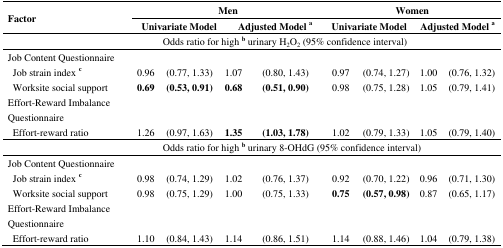
<table><thead><tr><td rowspan="2"><b>Factor</b></td><td colspan="5"><b>Men</b></td><td colspan="4"><b>Women</b></td></tr><tr><td colspan="3"><b>Univariate Model</b></td><td colspan="2"><b>Adjusted Model <sup>a</sup></b></td><td colspan="2"><b>Univariate Model</b></td><td colspan="2"><b>Adjusted Model <sup>a</sup></b></td></tr></thead><tbody><tr><td colspan="10">Odds ratio for high <b><sup>b</sup></b> urinary H<sub>2</sub>O<sub>2</sub> (95% confidence interval) </td></tr><tr><td>Job Content Questionnaire</td><td>[EMPTY_CELL]</td><td>[EMPTY_CELL]</td><td colspan="2">[EMPTY_CELL]</td><td>[EMPTY_CELL]</td><td>[EMPTY_CELL]</td><td>[EMPTY_CELL]</td><td>[EMPTY_CELL]</td><td>[EMPTY_CELL]</td></tr><tr><td> Job strain index <b><sup>c</sup></b></td><td>0.96</td><td>(0.77, 1.33)</td><td colspan="2">1.07</td><td>(0.80, 1.43)</td><td>0.97</td><td>(0.74, 1.27)</td><td>1.00</td><td>(0.76, 1.32)</td></tr><tr><td> Worksite social support</td><td><b>0.69</b></td><td><b>(0.53, 0.91)</b></td><td colspan="2"><b>0.68</b></td><td><b>(0.51, 0.90)</b></td><td>0.98</td><td>(0.75, 1.28)</td><td>1.05</td><td>(0.79, 1.41)</td></tr><tr><td>Effort-Reward Imbalance Questionnaire</td><td>[EMPTY_CELL]</td><td>[EMPTY_CELL]</td><td colspan="2">[EMPTY_CELL]</td><td>[EMPTY_CELL]</td><td>[EMPTY_CELL]</td><td>[EMPTY_CELL]</td><td>[EMPTY_CELL]</td><td>[EMPTY_CELL]</td></tr><tr><td> Effort-reward ratio</td><td>1.26</td><td>(0.97, 1.63)</td><td colspan="2"><b>1.35</b></td><td><b>(1.03, 1.78)</b></td><td>1.02</td><td>(0.79, 1.33)</td><td>1.05</td><td>(0.79, 1.40)</td></tr><tr><td colspan="10">Odds ratio for high <b><sup>b</sup></b> urinary 8-OHdG (95% confidence interval)</td></tr><tr><td>Job Content Questionnaire</td><td>[EMPTY_CELL]</td><td>[EMPTY_CELL]</td><td colspan="2">[EMPTY_CELL]</td><td>[EMPTY_CELL]</td><td>[EMPTY_CELL]</td><td>[EMPTY_CELL]</td><td>[EMPTY_CELL]</td><td>[EMPTY_CELL]</td></tr><tr><td> Job strain index <b><sup>c</sup></b></td><td>0.98</td><td>(0.74, 1.29)</td><td colspan="2">1.02</td><td>(0.76, 1.37)</td><td>0.92</td><td>(0.70, 1.22)</td><td>0.96</td><td>(0.71, 1.30)</td></tr><tr><td> Worksite social support</td><td>0.98</td><td>(0.75, 1.29)</td><td colspan="2">1.00</td><td>(0.75, 1.33)</td><td><b>0.75</b></td><td><b>(0.57, 0.98)</b></td><td>0.87</td><td>(0.65, 1.17)</td></tr><tr><td>Effort-Reward Imbalance Questionnaire</td><td>[EMPTY_CELL]</td><td>[EMPTY_CELL]</td><td colspan="2">[EMPTY_CELL]</td><td>[EMPTY_CELL]</td><td>[EMPTY_CELL]</td><td>[EMPTY_CELL]</td><td>[EMPTY_CELL]</td><td>[EMPTY_CELL]</td></tr><tr><td> Effort-reward ratio</td><td>1.10</td><td>(0.84, 1.43)</td><td colspan="2">1.14</td><td>(0.86, 1.51)</td><td>1.14</td><td>(0.88, 1.46)</td><td>1.04</td><td>(0.79, 1.38)</td></tr></tbody></table>